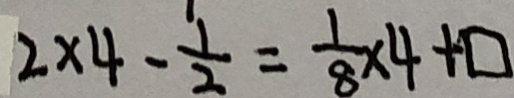
2 \times 4 - \frac { 1 } { 2 } = \frac { 1 } { 8 } \times 4 + \square